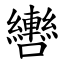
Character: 轡